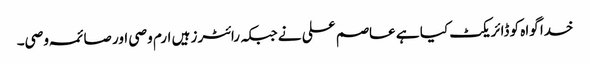
خدا گواہ کو ڈائریکٹ کیا ہے عاصم علی نے جبکہ رائٹرز ہیں ارم وصی اور صائمہ وصی۔